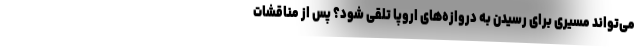
می‌تواند مسیری برای رسیدن به دروازه‌های اروپا تلقی شود؟ پس از مناقشات